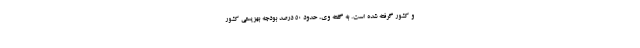
و کشور گرفته شده است. به گفته وی، حدود ۵۰ درصد بودجه بهزیستی کشور